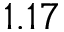
1 . 1 7